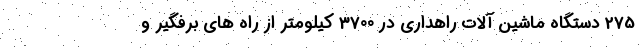
275 دستگاه ماشین آلات راهداری در 3700 کیلومتر از راه های برفگیر و